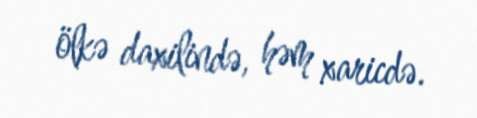
ölkə daxilində, həm xaricdə.